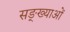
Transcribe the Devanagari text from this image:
सङ्ख्याअाें